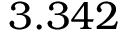
3 . 3 4 2